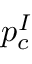
p _ { c } ^ { I }